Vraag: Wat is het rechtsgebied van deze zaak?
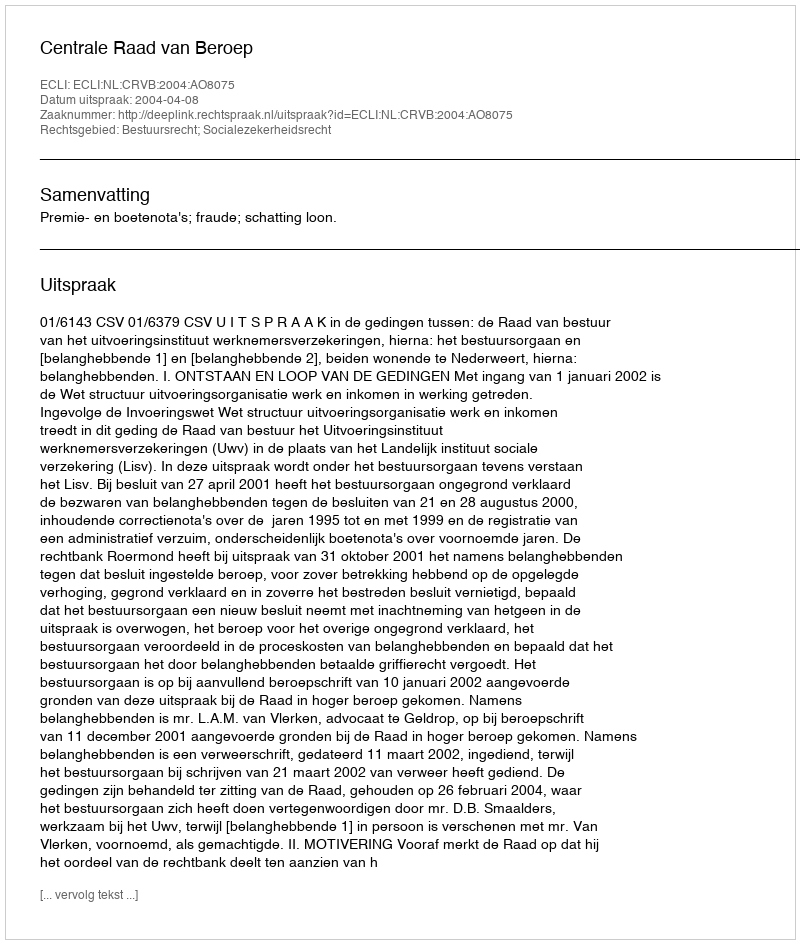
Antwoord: Bestuursrecht; Socialezekerheidsrecht